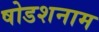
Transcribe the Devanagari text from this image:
षोडशनाम